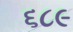
૬૮૯